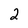
Character: 2